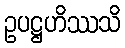
ဥပဋ္ဌဟိဿသိ